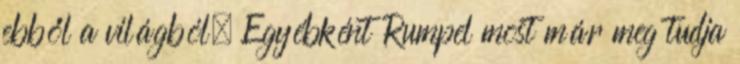
ebből a világból. Egyébként Rumpel most már meg tudja